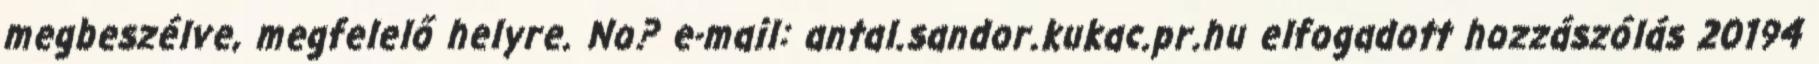
megbeszélve, megfelelő helyre. No? e-mail: antal.sandor.kukac.pr.hu elfogadott hozzászólás 20194